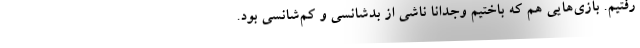
رفتیم. بازی‌هایی هم که باختیم وجداناً ناشی از بدشانسی و کم‌شانسی بود.